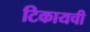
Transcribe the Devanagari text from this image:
टिकायची